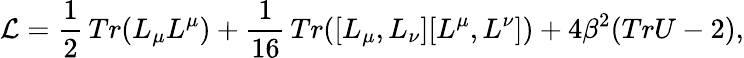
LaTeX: {\cal L}=\frac{1}{2}\, Tr(L_{\mu}L^{\mu})+\frac{1}{16}\, Tr([L_{\mu},L_{\nu}][L^{\mu},L^{\nu}])+4\beta^{2}(TrU-2),